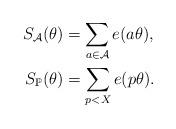
LaTeX: \begin{align*}S_{\mathcal{A}}(\theta)&=\sum_{a\in\mathcal{A}}e(a\theta),\\S_{\mathbb{P}}(\theta)&=\sum_{p<X}e(p\theta).\end{align*}